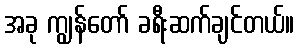
အခု ကျွန်တော် ခရီးဆက်ချင်တယ်။